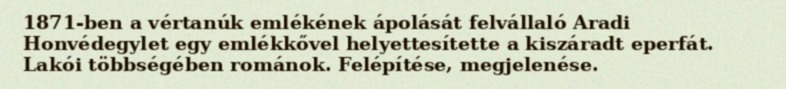
1871-ben a vértanúk emlékének ápolását felvállaló Aradi Honvédegylet egy emlékkővel helyettesítette a kiszáradt eperfát. Lakói többségében románok. Felépítése, megjelenése.